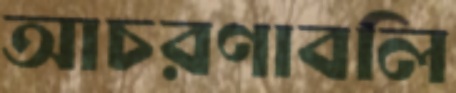
আচরণাবলি